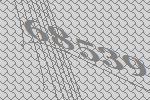
68539